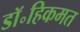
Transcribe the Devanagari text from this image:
डॉ॰हिकमत